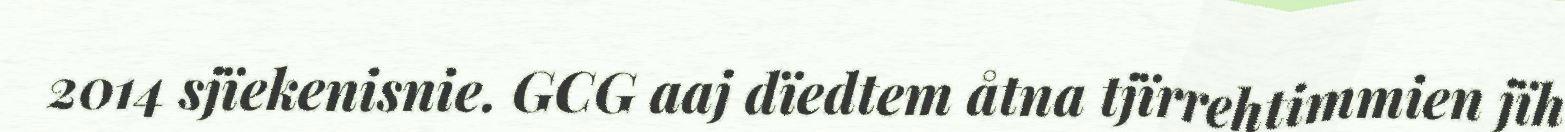
2014 sjïekenisnie. GCG aaj dïedtem åtna tjïrrehtimmien jïh